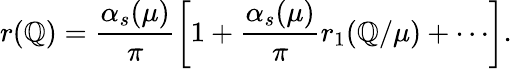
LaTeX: r(\mathbb{Q})=\frac{{\alpha_{s}(\mu)}}{{\pi}}\left[1+\frac{{\alpha_{s}(\mu)}}{{\pi}}r_{1}(\mathbb{Q}/\mu)+\cdots\right].